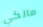
مالكي